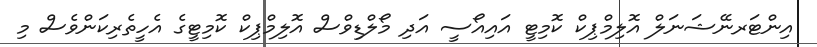
އިންޓަރނޭޝަނަލް އޮލިމްޕިކް ކޮމިޓީ އައިއޯސީ އަދި މޯލްޑިވްސް އޮލިމްޕިކް ކޮމިޓީގެ އެހީތެރިކަންވެސް މި